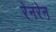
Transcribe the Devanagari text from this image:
रेनरेन